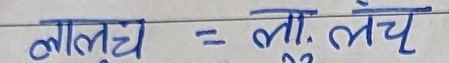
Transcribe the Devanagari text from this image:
लालच = लो. लंच